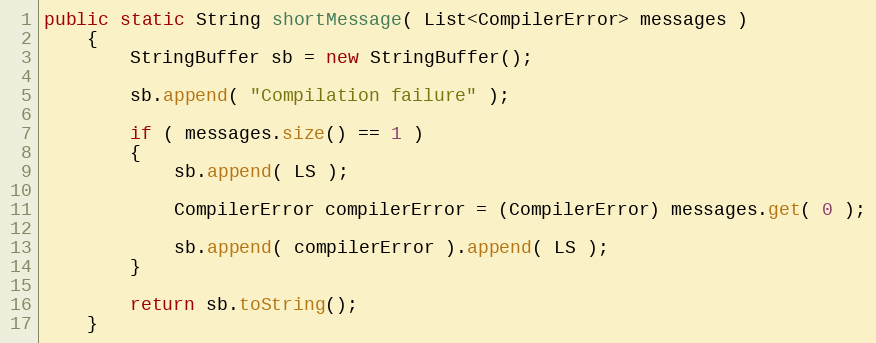
Language: Java
public static String shortMessage( List<CompilerError> messages )
    {
        StringBuffer sb = new StringBuffer();

        sb.append( "Compilation failure" );

        if ( messages.size() == 1 )
        {
            sb.append( LS );

            CompilerError compilerError = (CompilerError) messages.get( 0 );

            sb.append( compilerError ).append( LS );
        }

        return sb.toString();
    }